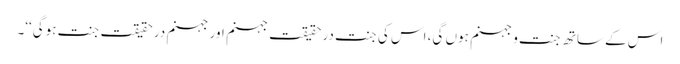
اس کے ساتھ جنت و جہنم ہوں گی، اس کی جنت درحقیقت جہنم اور جہنم درحقیقت جنت ہوگی‘‘۔